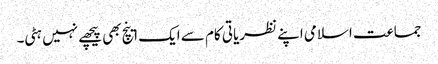
جماعت اسلامی اپنے نظریاتی کام سے ایک اینچ بھی پیچھے نہیں ہٹی۔